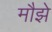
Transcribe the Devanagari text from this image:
मौझे